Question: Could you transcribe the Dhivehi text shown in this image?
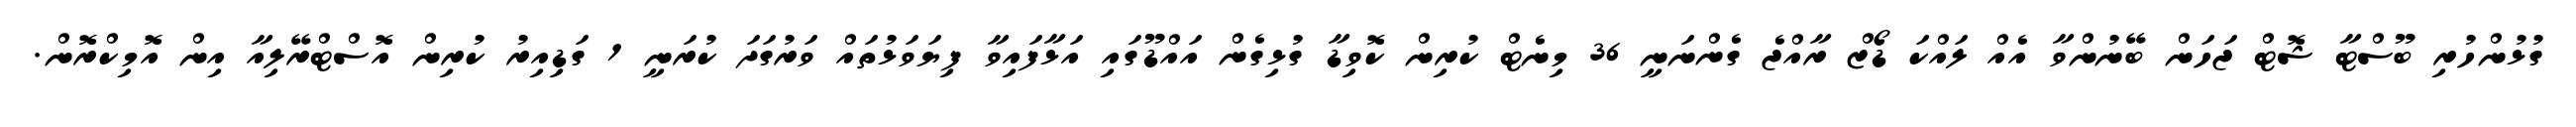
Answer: ގުޅުންހުރި ބޫސްޓާ ޝޮޓް ޖަހަން ބޭނުންވާ އެއް ލައްކަ ޑޯޒް ރާއްޖެ ގެންނަނީ 36 މިނެޓް ކުރިން ކޮވިޑާ ގުޅިގެން އައްޑޫގައި އަޅާފައިވާ ފިޔަވަޅުތައް ވަރުގަދަ ކުރަނީ 1 ގަޑިއިރު ކުރިން އޮސްޓްރޭލިއާ އިން އޮމިކްރޮން.